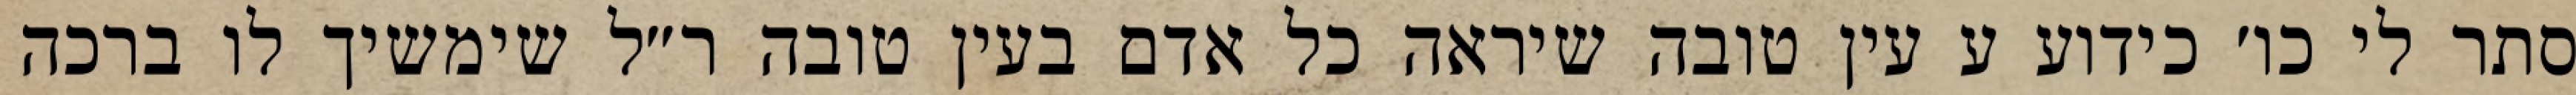
סתר לי כו׳ כידוע ע עין טובה שיראה כל אדם בעין טובה ר״ל שימשיך לו ברכה